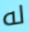
له